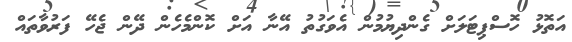
އަތޮޅު ހޮސްޕިޓަލަށް ގެންދިޔުމުން އެވަގުތު އޭނާ އަށް ކޮންމެހެން ދޭން ޖެހޭ ފަރުވާތައް